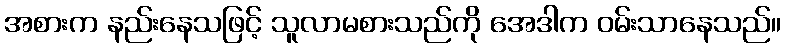
အစားက နည်းနေသဖြင့် သူလာမစားသည်ကို အေဒါက ဝမ်းသာနေသည်။